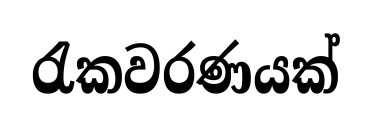
රැකවරණයක්